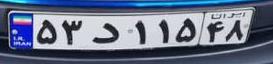
۵۳د۱۱۵۴۸